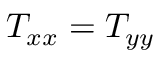
T _ { x x } = T _ { y y }